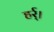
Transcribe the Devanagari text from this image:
हर्र्।